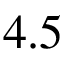
4 . 5